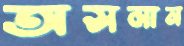
অসমান